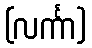
(လင်္ကာ)